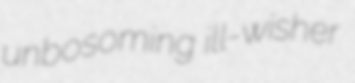
unbosoming ill-wisher